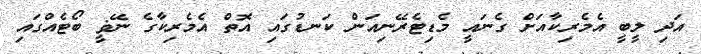
އަދި ލީބީ އެމެރިކާއަށް ގެނައީ މެޑިޓެރޭނިއަން ކަނޑުގައި އޮތް އެމެރިކާގެ ނޭޥީ ބޯޓެއްގައި